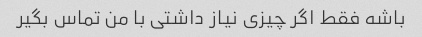
باشه فقط اگر چیزی نیاز داشتی با من تماس بگیر